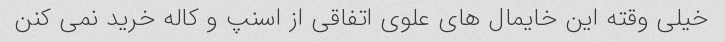
خیلی وقته این خایمال های علوی اتفاقی از اسنپ و کاله خرید نمی کنن